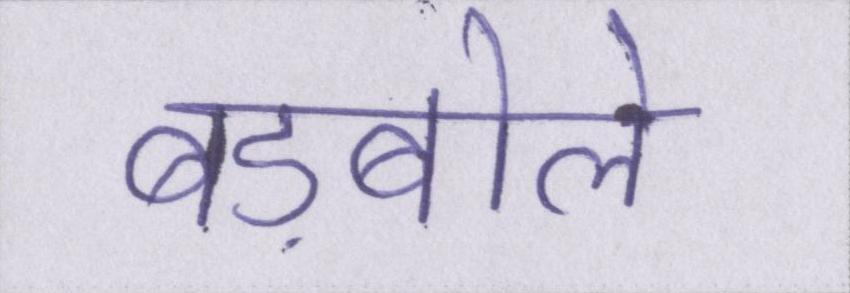
बड़बोले